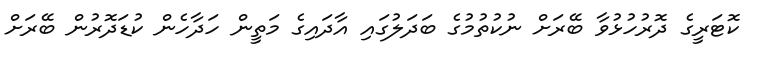
ކޮޓަރީގެ ދޮރުހުޅުވާ ބޭރަށް ނުކުތުމުގެ ބަދަލުގައި އާދައިގެ މަތީން ހަދާހެން ކުޑަދޮރުން ބޭރަށް